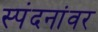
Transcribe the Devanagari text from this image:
स्पंदनांवर